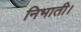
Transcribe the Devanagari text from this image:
निभाती।